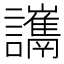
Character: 𧮋